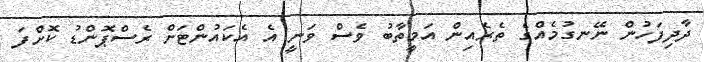
ދާދިފަހުން ނޭނގުމެއްގެ ތެރެއިން އަމީތާބު ވެސް ވަނީ އެ އެކައުންޓަށް ރެސްޕޮންޑު ކޮށްފަ